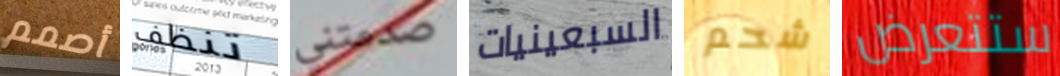
أصمم تنظف صدمتني السبعينيات شحم ستتعرض